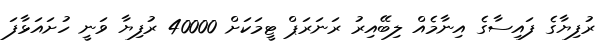
ރުފިޔާގެ ފައިސާގެ އިނާމެއް ލިބޭއިރު ރަނަރަޕް ޓީމަކަށް 40000 ރުފިޔާ ވަނީ ހުށައަޅާފަ